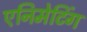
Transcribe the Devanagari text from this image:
एनिमेटिंग